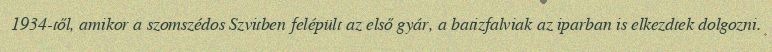
1934-től, amikor a szomszédos Szvitben felépült az első gyár, a batizfalviak az iparban is elkezdtek dolgozni.